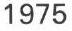
1975